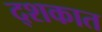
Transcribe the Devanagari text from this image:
द्शकात